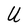
Character: U